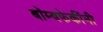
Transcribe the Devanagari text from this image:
बॉम्बफेकींनी